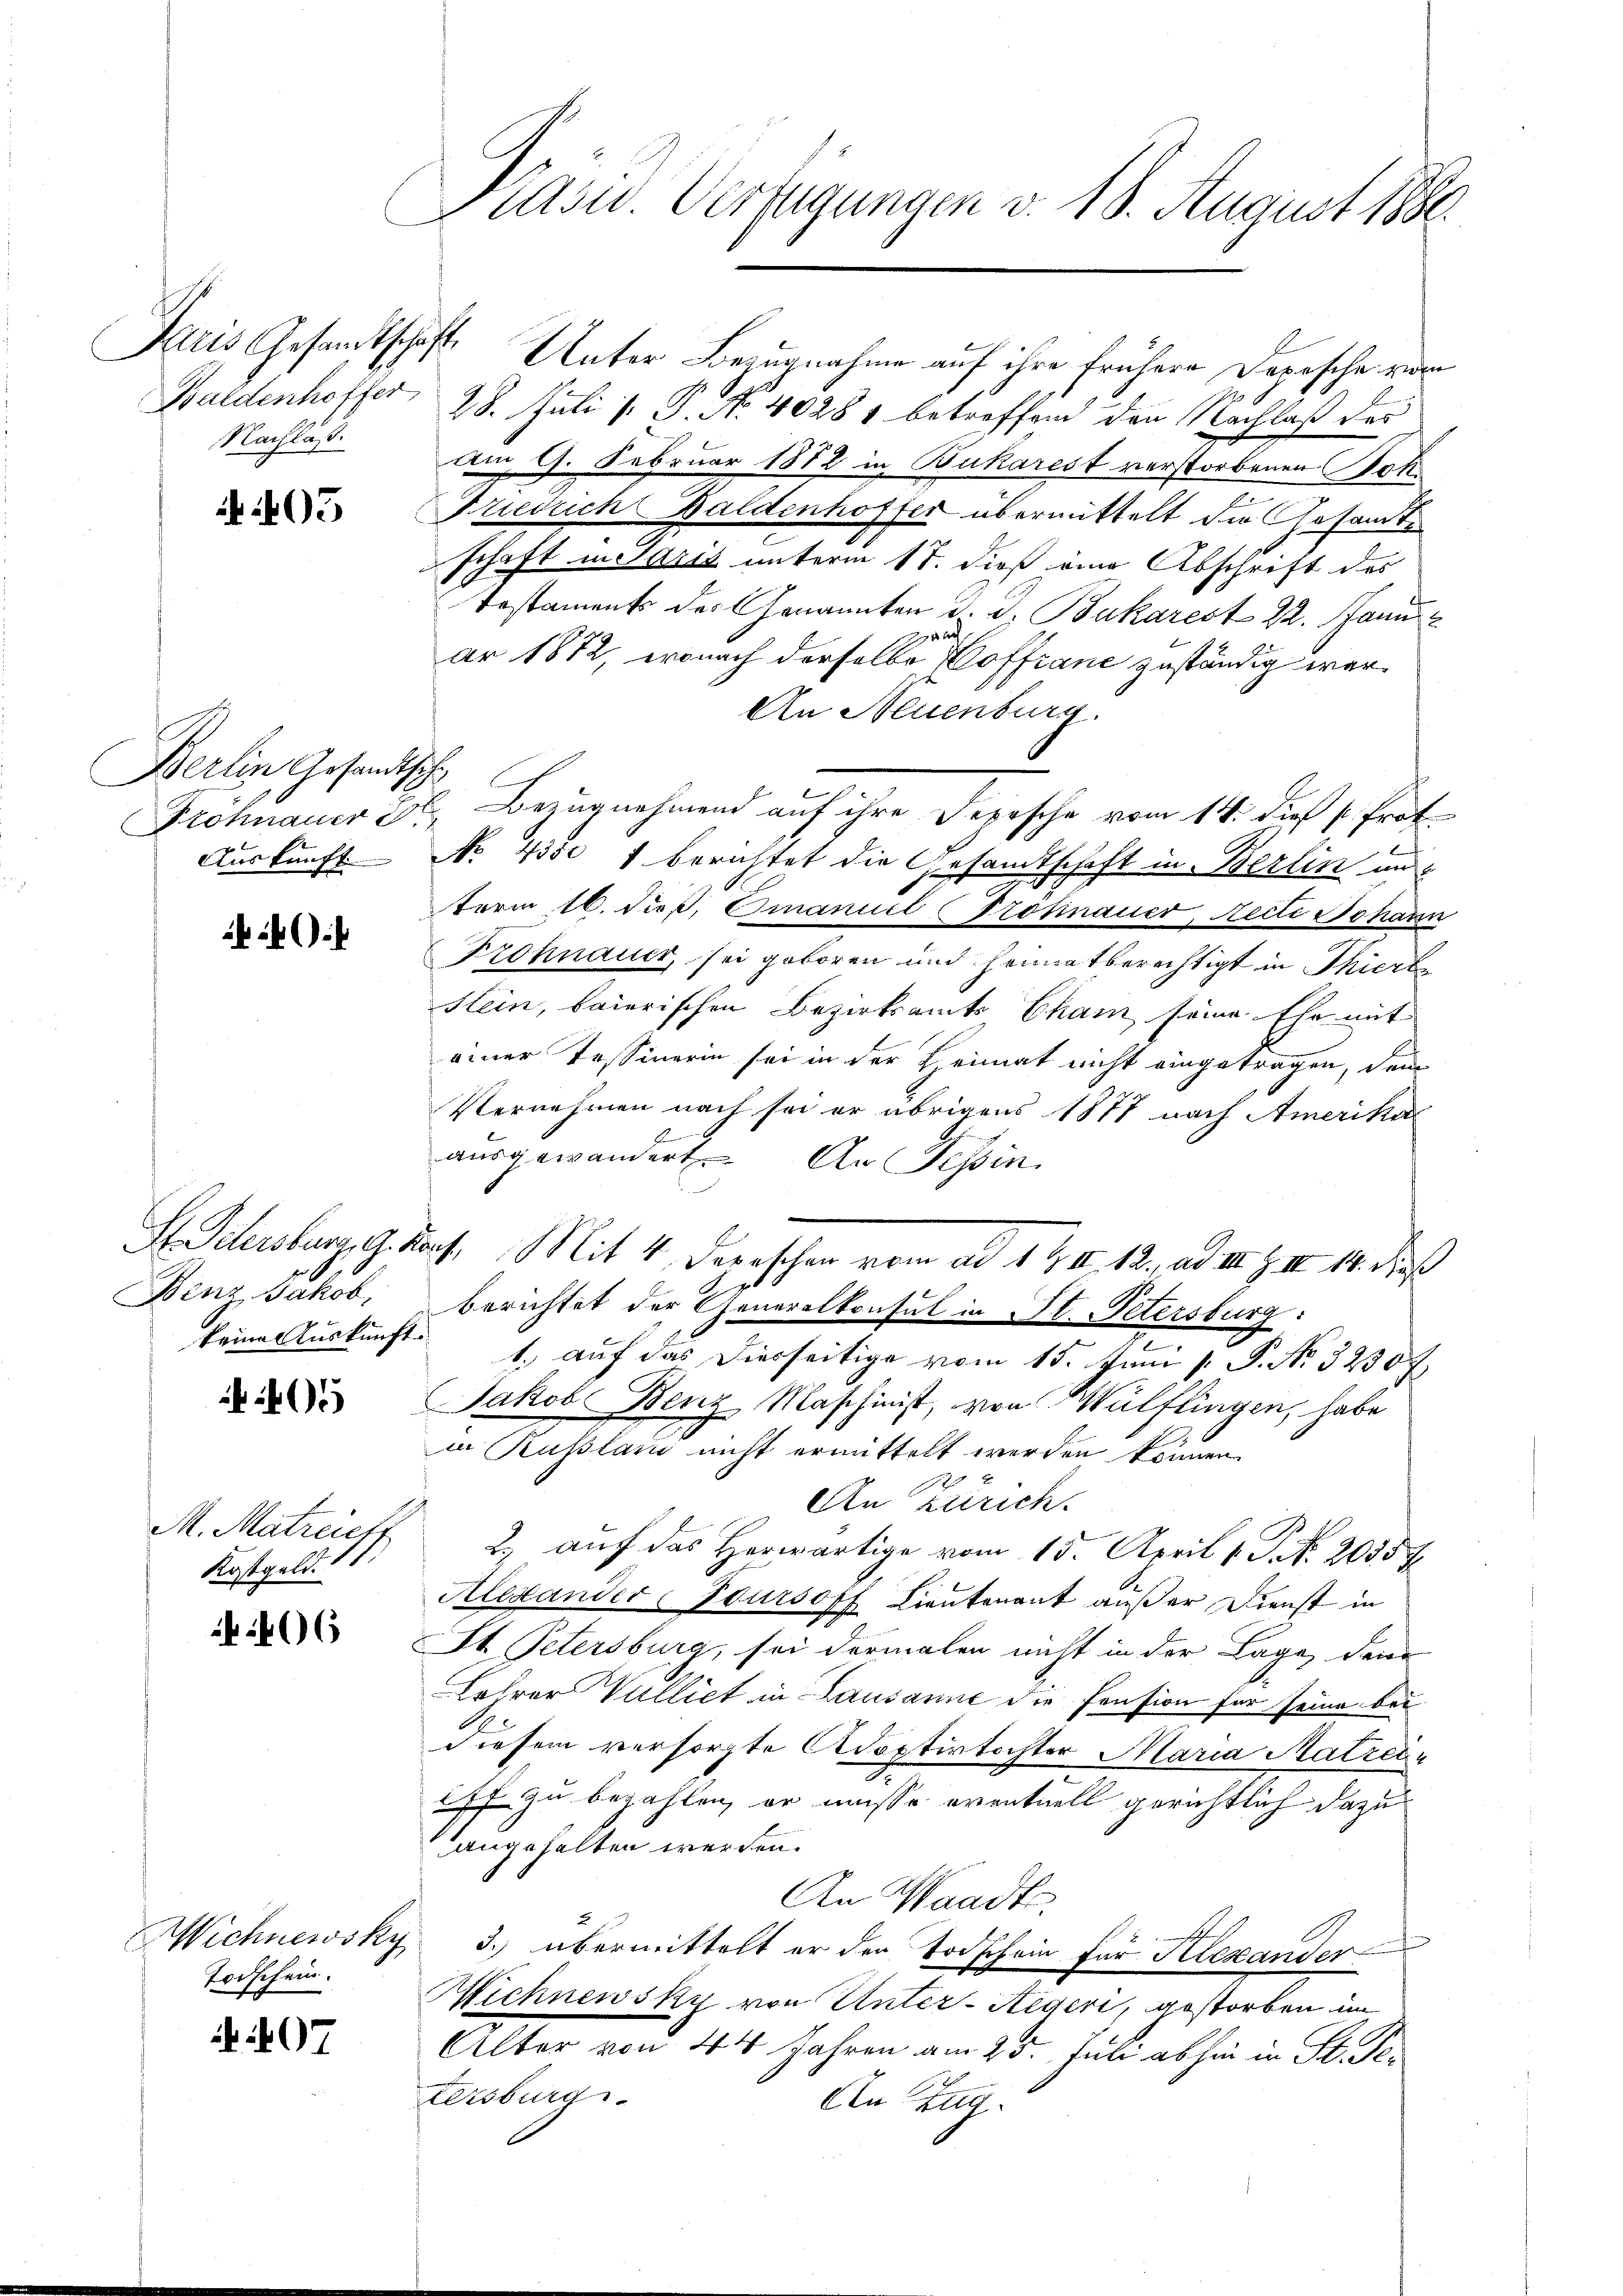
Paris Gesandtschaft.
Waldenhoffer,
Nachlaß.

405

Berlin Gesandtsch,
Auskunft.

Benz Jakob,
keine Auskunft.

405

M. Matreicht
Kostgeld.

6

Wichnewsky
Todschein.

07

Präsid. Verfügungen v. 18. August 1880

Unter Bezugnahme auf ihre frühere Depesche vom
28. Juli [ P. No. 40284 betreffend den Nachlaß des
Am 9. Februar 1872 in Bukarest verstorbenen Poli¬
Friedlich Baldenhoffer übermittelt die Gesandte
schaft in Saris unterm 17. dieß eine Abschrift des
Testaments der Genannten d. d. Bukarest 22. Janu
ach
ar 1872, wonach derselbe offrane zuständig wer¬
An Neuenburg.
d
Stohnauer F. Bezugnahmend auf ihre Depesche vom 14. die 1. Prot
No 43te 1 berichtet die Gesandtschaft in Berlin und
term 16. dieß, Omanuel (Trohinauer, Lecti Johann
Frohnauer, sei geboren und heimatberechtigt in Thierte
slein, baierischen Bezirksamts Cham seine Ehr mit
einer Tessinerin sei in der Heimat nicht eingetragen, dem
Vernehmen nach sei er übrigens 1877 nach Amerika
ausgewandert. An Tessin.
S. Schersburg, G. darf, Mit 4. Depeschen vom ad 194. 12, ad II. III 14. dieß
berichtet der Generalkonsul in St. Petersburg:
1. auf das Diesseitige vom 15. Juni [ P. No. 32307.
Jakob Benz Maschinist, von Wülflingen, habe
in Russland nicht ermittelt werden können.
x
2
An Zürich.
2.) auf das Herwärtige vom 15. April 1. P. Nr. 20357.
Alestander-Pursoff Lieutenant außer Dienst in
St. Petersburg, sei dermalen nicht in der Lage, den
Lehrer Vulliet in Lausanne die Pension für seine bei
diesem versorgte Adoptivtochter Maria Matreif zu bezahlen, er müsse eventuell gerichtlich dazu
angehalten werden.
An Waadts.
3. übermittelt er den Todschein für Alexander
Wichnewsky von Unter-Aegeri, gestorben in
Alter von 44 Jahren am 25. Juli abhin in St. Getersburg.
An Zug.